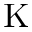
\mathrm { K }